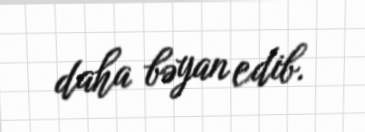
daha bəyan edib.